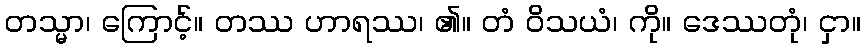
တသ္မာ၊ ကြောင့်။ တဿ ဟာရဿ၊ ၏။ တံ ဝိသယံ၊ ကို။ ဒေဿတုံ၊ ငှာ။